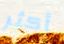
أكثر